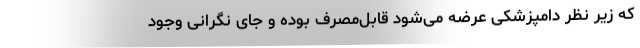
که زیر نظر دامپزشکی عرضه می‌شود قابل‌مصرف بوده و جای نگرانی وجود